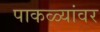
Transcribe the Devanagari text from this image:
पाकळ्यांवर